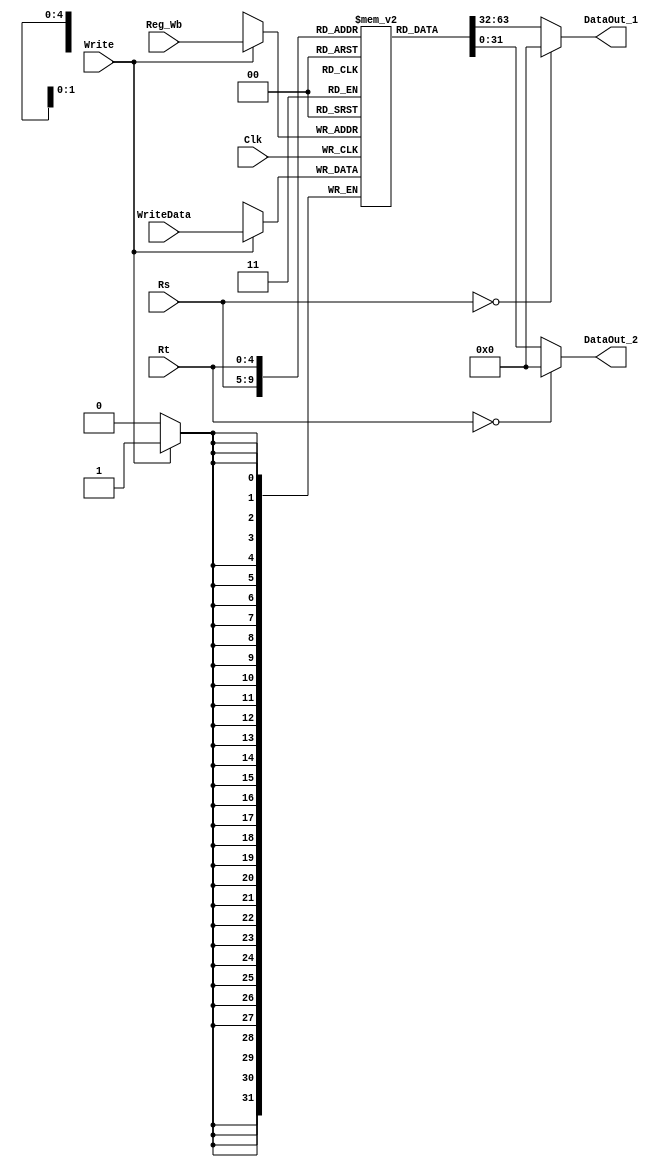
module Register_File(Rs, Rt, Reg_Wb, WriteData, Write, Clk, DataOut_1, DataOut_2);
	input [4:0] Rs;
	input [4:0] Rt;
	input [4:0] Reg_Wb;				//the write back regiter id 
	input [31:0] WriteData;
	input Write, Clk;
	
	output [31:0] DataOut_1;
	output [31:0] DataOut_2;
	
	reg [31:0] regiter_file[31:0];
	
	always@(posedge Clk)
	begin
		if(1 == Write) begin
			regiter_file[Reg_Wb] = WriteData;
		end
		$display("R[00-07]=%8X, %8X, %8X, %8X, %8X, %8X, %8X, %8X", 0, regiter_file[1], regiter_file[2], regiter_file[3], regiter_file[4], regiter_file[5], regiter_file[6], regiter_file[7]);
        $display("R[08-15]=%8X, %8X, %8X, %8X, %8X, %8X, %8X, %8X", regiter_file[8], regiter_file[9], regiter_file[10], regiter_file[11], regiter_file[12], regiter_file[13], regiter_file[14], regiter_file[15]);
        $display("R[16-23]=%8X, %8X, %8X, %8X, %8X, %8X, %8X, %8X", regiter_file[16], regiter_file[17], regiter_file[18], regiter_file[19], regiter_file[20], regiter_file[21], regiter_file[22], regiter_file[23]);
        $display("R[24-31]=%8X, %8X, %8X, %8X, %8X, %8X, %8X, %8X", regiter_file[24], regiter_file[25], regiter_file[26], regiter_file[27], regiter_file[28], regiter_file[29], regiter_file[30], regiter_file[31]);
        $display("R_write[%5X]=%8X R_in1[%5X]=%8X, R_in2[%5X]=%8X", Reg_Wb, regiter_file[Reg_Wb], Rs, regiter_file[Rs], Rt, regiter_file[Rt]);
	end
	
	assign DataOut_1 = (0 == Rs) ? 0 : regiter_file[Rs];
	assign DataOut_2 = (0 == Rt) ? 0 : regiter_file[Rt];
	
endmodule